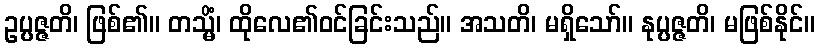
ဥပ္ပဇ္ဇတိ၊ ဖြစ်၏။ တသ္မိံ၊ ထိုလေ၏ဝင်ခြင်းသည်။ အသတိ၊ မရှိသော်။ နုပ္ပဇ္ဇတိ၊ မဖြစ်နိုင်။